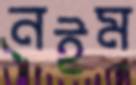
নইম